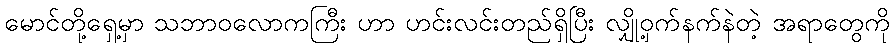
မောင်တို့ရှေ့မှာ သဘာဝလောကကြီး ဟာ ဟင်းလင်းတည်ရှိပြီး လျှို့ဝှက်နက်နဲတဲ့ အရာတွေကို